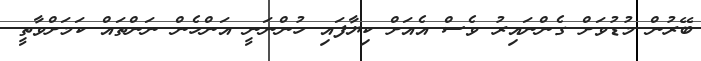
ބޭރުން މުޑުވަށް ގެންނައިރު ވެސް އެއަށް ކިޔާފައި ހުންނަނީ އަންހެން ނަންތައް ކަމަށްވާތީ